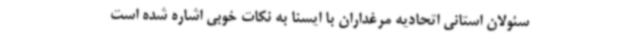
سئولان استانی اتحادیه مرغداران با ایسنا به نکات خوبی اشاره شده است